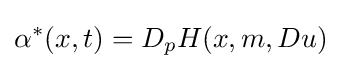
\alpha ^{*}(x,t)=D_{p}H(x,m,Du)